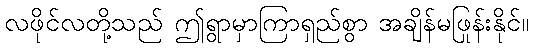
လဖိုင်လတို့သည် ဤရွာမှာကြာရှည်စွာ အချိန်မဖြုန်းနိုင်။